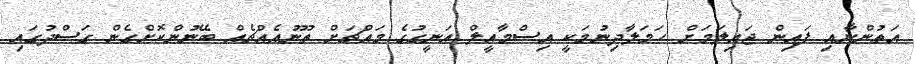
އަތުންނާއި ފައިން ޖައިލަމަށް ހަމަލާދިނުމަކީ އިސްމާއީލް އަނީގުގެ މައްޗަށް ތޫނުއެއްޗެއް ބޭނުންކޮށްގެން ގަސްދުގައި